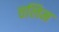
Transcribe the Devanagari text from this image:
तलिम